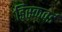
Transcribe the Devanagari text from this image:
डिस्कवर्ड